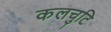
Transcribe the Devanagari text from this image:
कलचुटि